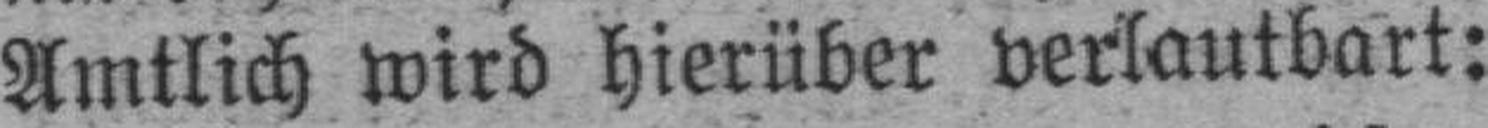
Amtlich wird hierüber verlautbart: